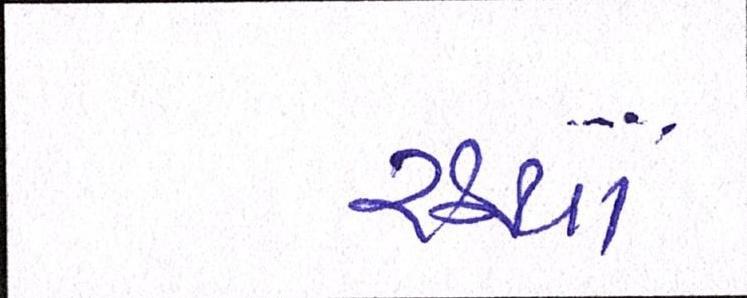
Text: રહ્યા